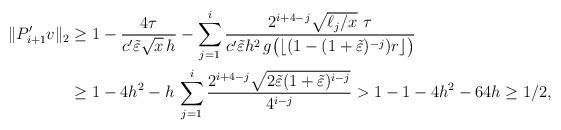
LaTeX: \begin{align*}\|P_{i+1}'v\|_2&\geq 1-\frac{4\tau}{c' \tilde\varepsilon \sqrt{x}\,h}-\sum_{j=1}^i \frac{2^{i+4-j}\sqrt{\ell_j/x}\,\,\tau}{c'\tilde\varepsilon h^2\,g\big(\lfloor(1-(1+\tilde\varepsilon)^{-j})r\rfloor\big)}\\&\geq 1-4h^2-h\,\sum_{j=1}^i \frac{2^{i+4-j}\sqrt{2\tilde\varepsilon (1+\tilde\varepsilon)^{i-j}}}{4^{i-j}}>1-1-4h^2-64h\geq 1/2,\end{align*}